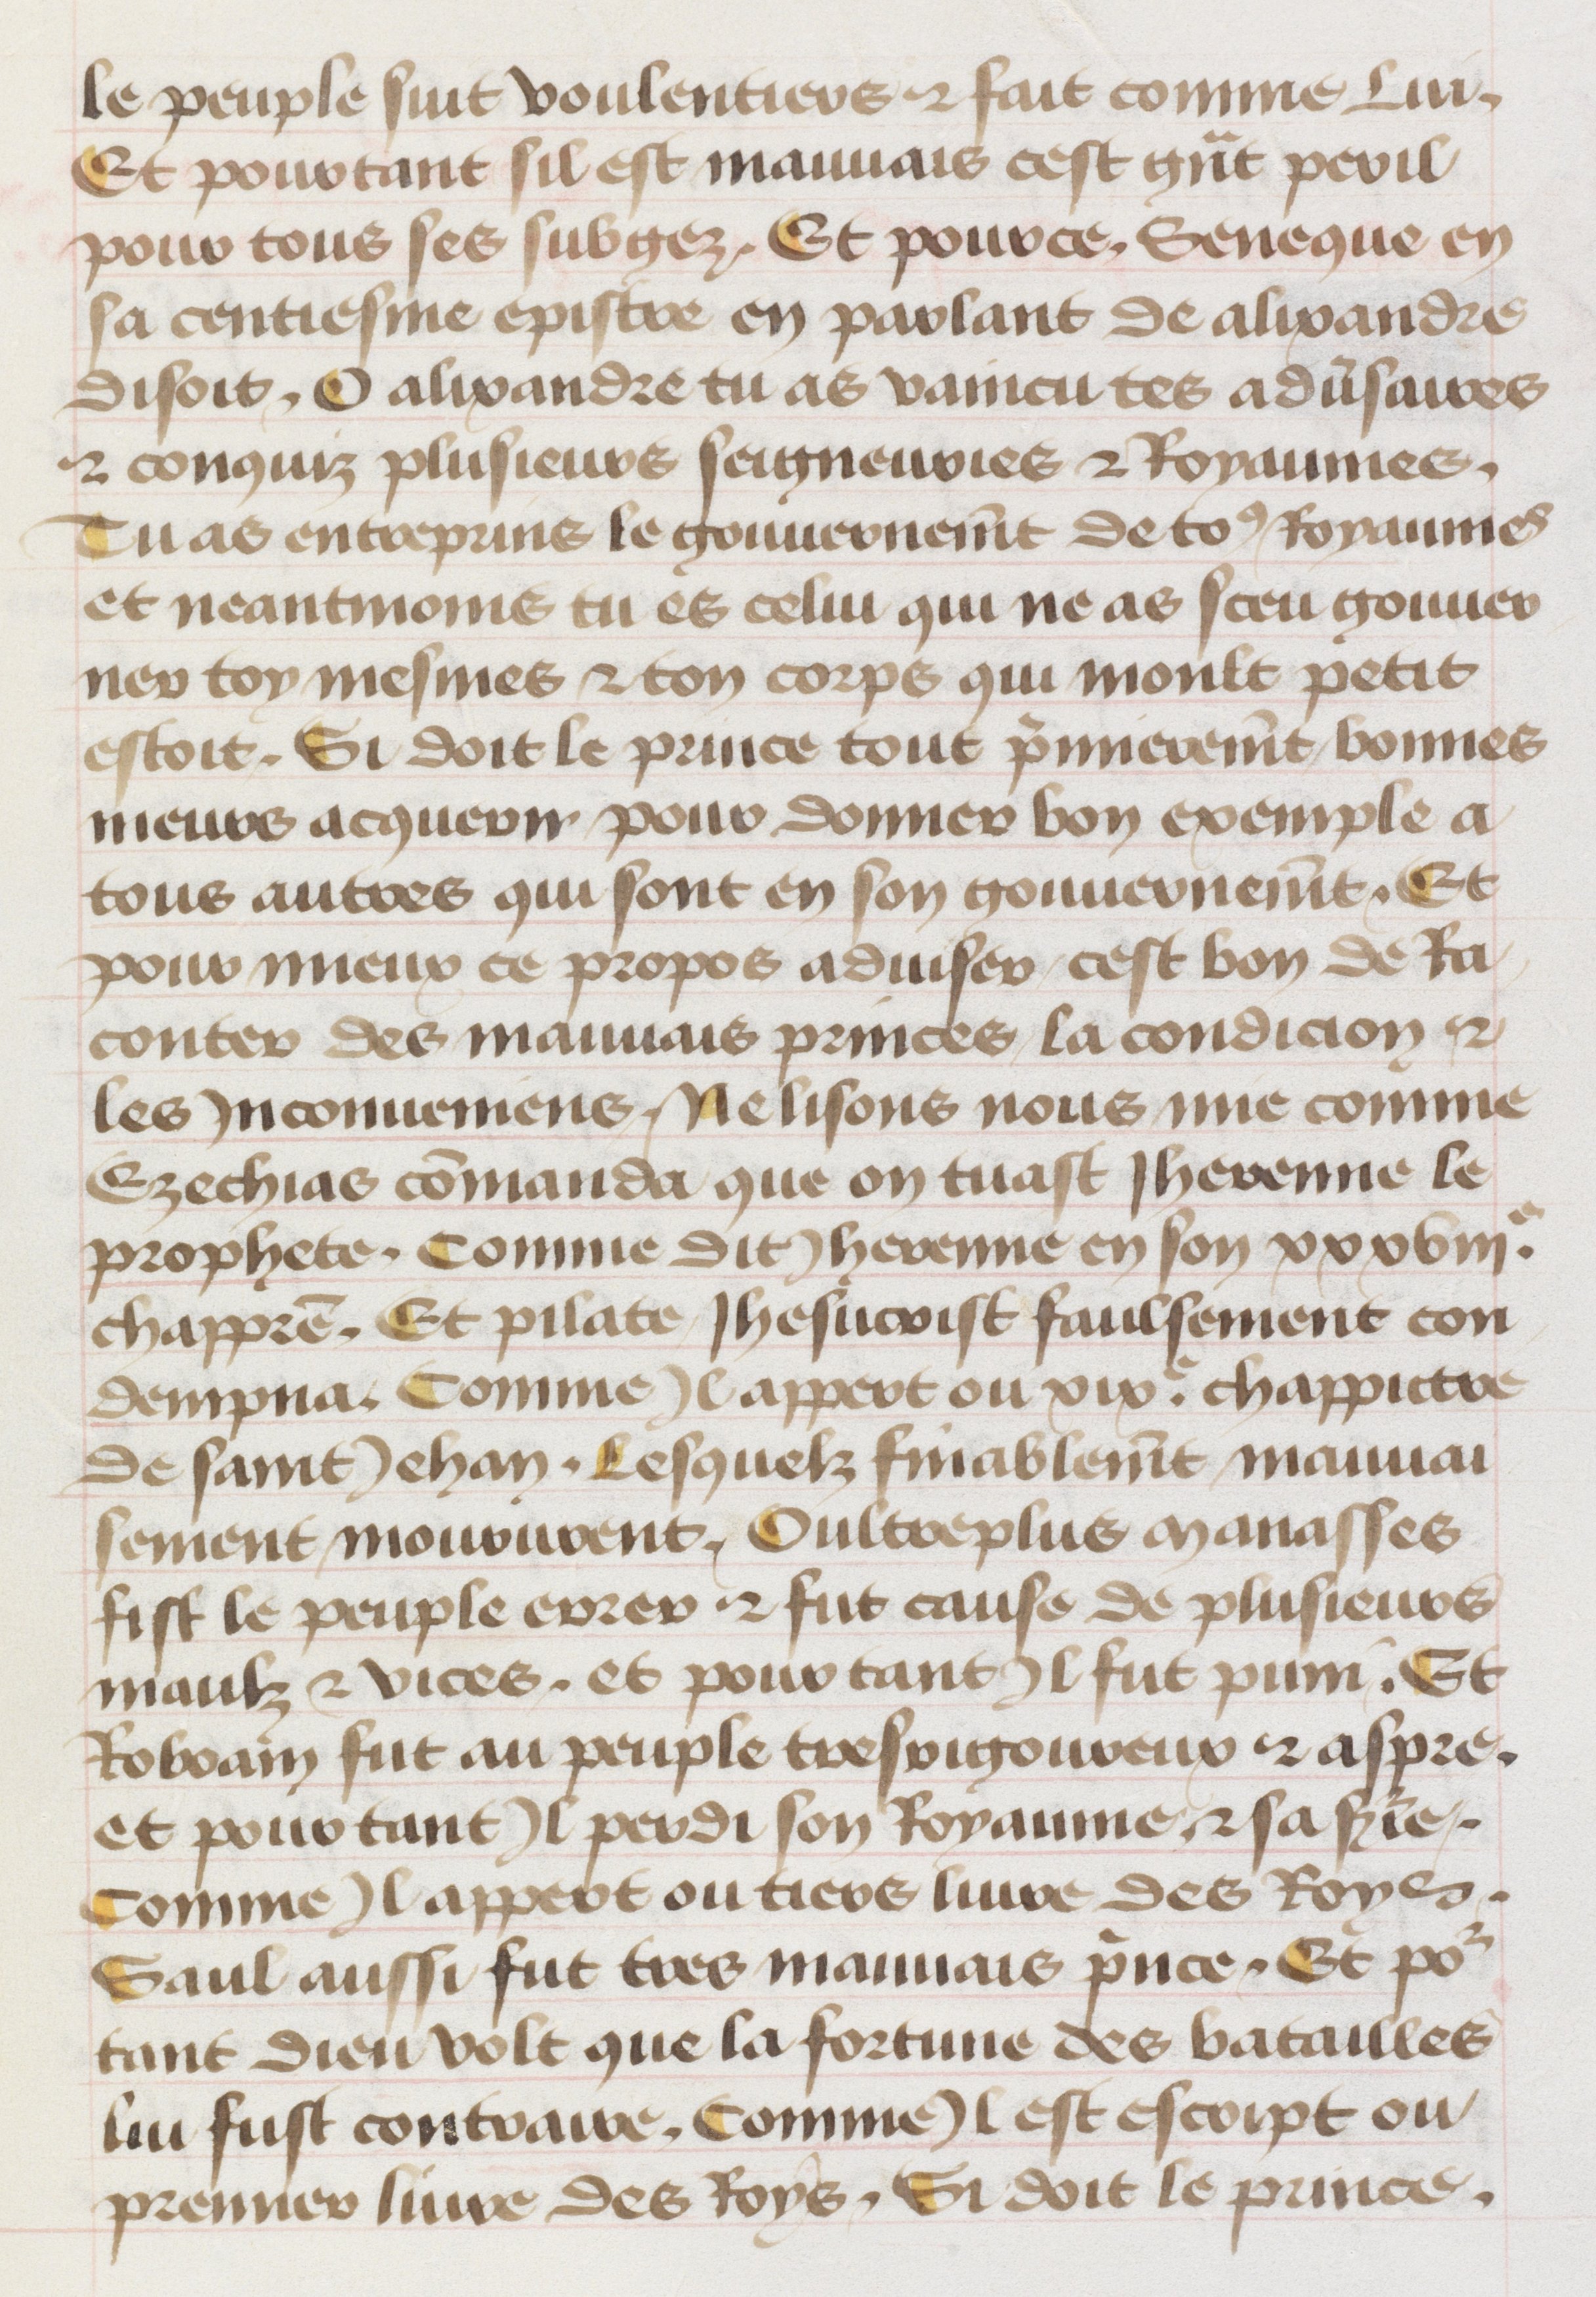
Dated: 1455–1485